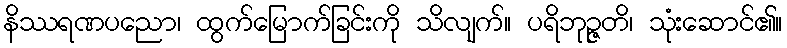
နိဿရဏပညော၊ ထွက်မြောက်ခြင်းကို သိလျက်။ ပရိဘုဉ္ဇတိ၊ သုံးဆောင်၏။